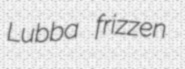
Lubba frizzen